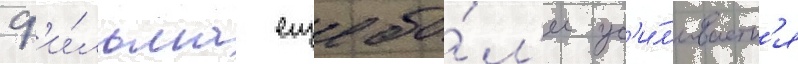
ф'и́льма еще бо́л'ее ус'и́л'иваетс'я